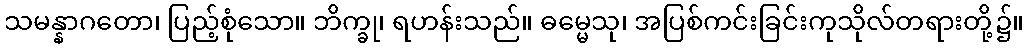
သမန္နာဂတော၊ ပြည့်စုံသော။ ဘိက္ခု၊ ရဟန်းသည်။ ဓမ္မေသု၊ အပြစ်ကင်းခြင်းကုသိုလ်တရားတို့၌။